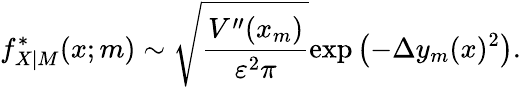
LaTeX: f_{X|M}^{*}(x;m)\sim\sqrt{\frac{V^{\prime\prime}(x_{m})}{\varepsilon^{2}\pi}}\mathrm{exp}\left(-\Delta y_{m}(x)^{2}\right).